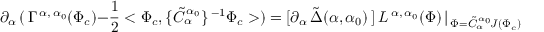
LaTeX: \partial _ { \alpha } \, ( \, \Gamma ^ { \, \alpha , \, \alpha _ { 0 } } ( \Phi _ { c } ) - \frac { 1 } { 2 } < \Phi _ { c } , \{ \tilde { C } _ { \alpha } ^ { \, \alpha _ { 0 } } \} ^ { \, - 1 } \Phi _ { c } > ) = [ \partial _ { \alpha } \, \tilde { \Delta } ( \alpha , \alpha _ { 0 } ) \, ] \ L ^ { \, \alpha , \, \alpha _ { 0 } } ( \Phi ) \, \vert _ { \, \Phi = \tilde { C } _ { \alpha } ^ { \, \alpha _ { 0 } } \! J ( \Phi _ { c } ) } \quad .